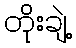
တိုးချဲ့